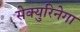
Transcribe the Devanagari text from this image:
सेक्युरिनेगा